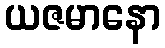
ယဇမာနော